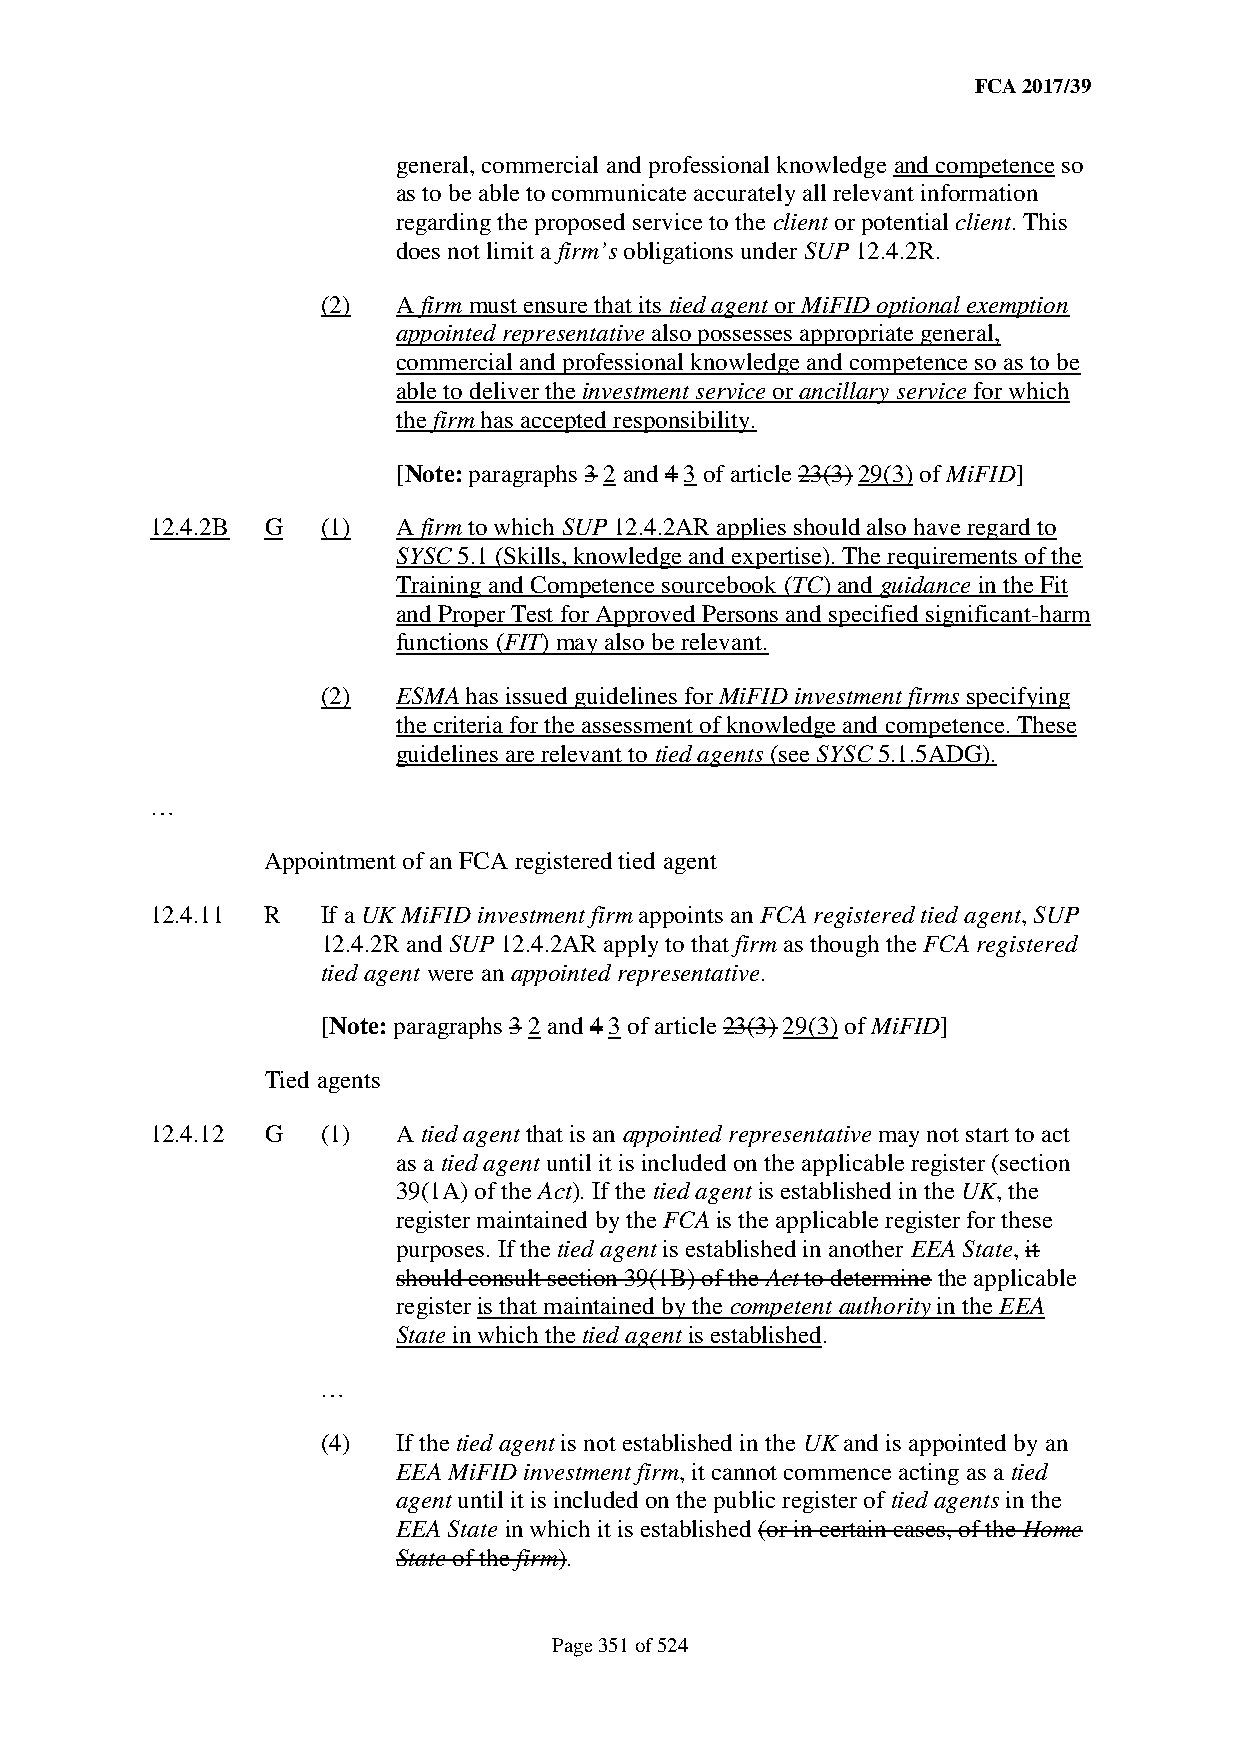
FCA 2017/39
 general, commercial and professional knowledge and competence so
 as to be able to communicate accurately all relevant information
 regarding the proposed service to the client or potential client. This
 does not limit a firm’s obligations under SUP 12.4.2R.
 (2)  A firm must ensure that its tied agent or MiFID optional exemption
 appointed representative also possesses appropriate general,
 commercial and professional knowledge and competence so as to be
 able to deliver the investment service or ancillary service for which
 the firm has accepted responsibility.
 [Note: paragraphs 3 2 and 4 3 of article 23(3) 29(3) of MiFID]
 12.4.2B G  (1)  A firm to which SUP 12.4.2AR applies should also have regard to
 SYSC 5.1 (Skills, knowledge and expertise). The requirements of the
 Training and Competence sourcebook (TC) and guidance in the Fit
 and Proper Test for Approved Persons and specified significant-harm
 functions (FIT) may also be relevant.
 (2)  ESMA has issued guidelines for MiFID investment firms specifying
 the criteria for the assessment of knowledge and competence. These
 guidelines are relevant to tied agents (see SYSC 5.1.5ADG).
 …
 Appointment of an FCA registered tied agent
 12.4.11 R  If a UK MiFID investment firm appoints an FCA registered tied agent, SUP
 12.4.2R and SUP 12.4.2AR apply to that firm as though the FCA registered
 tied agent were an appointed representative.
 [Note: paragraphs 3 2 and 4 3 of article 23(3) 29(3) of MiFID]
 Tied agents
 12.4.12 G  (1)  A tied agent that is an appointed representative may not start to act
 as a tied agent until it is included on the applicable register (section
 39(1A) of the Act). If the tied agent is established in the UK, the
 register maintained by the FCA is the applicable register for these
 purposes. If the tied agent is established in another EEA State, it
 should consult section 39(1B) of the Act to determine the applicable
 register is that maintained by the competent authority in the EEA
 State in which the tied agent is established.
 …
 (4)  If the tied agent is not established in the UK and is appointed by an
 EEA MiFID investment firm, it cannot commence acting as a tied
 agent until it is included on the public register of tied agents in the
 EEA State in which it is established (or in certain cases, of the Home
 State of the firm).
 Page 351 of 524